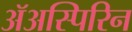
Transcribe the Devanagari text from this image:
ॲअस्पिरिन